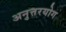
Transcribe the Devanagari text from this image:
अनुत्तरयोग